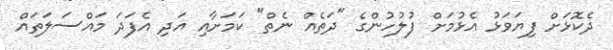
ދެކޮޅަށް ފިޔަވަޅު އެޅުމަށް ފުލުހުންގެ "ދަތެއް ނެތް" ކަމަށާއި އަދި އެފަދަ މައްސަލަތައް